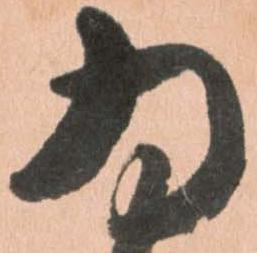
為